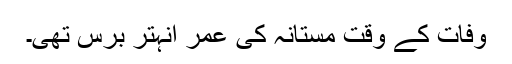
وفات کے وقت مستانہ کی عمر انہتر برس تھی۔